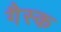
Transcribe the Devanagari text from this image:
गैस्क